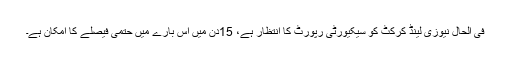
فی الحال نیوزی لینڈ کرکٹ کو سیکیورٹی رپورٹ کا انتظار ہے، 15دن میں اس بارے میں حتمی فیصلے کا امکان ہے۔